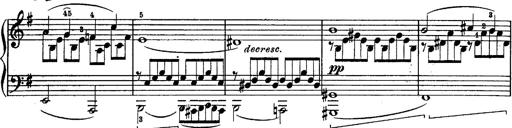
Title: Schubert's Impromptus [revised and edited by Franz Liszt]
Composer: Franz Liszt